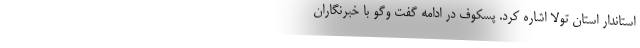
استاندار استان تولا اشاره کرد. پسکوف در ادامه گفت وگو با خبرنگاران